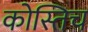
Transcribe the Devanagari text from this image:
कोस्तिच